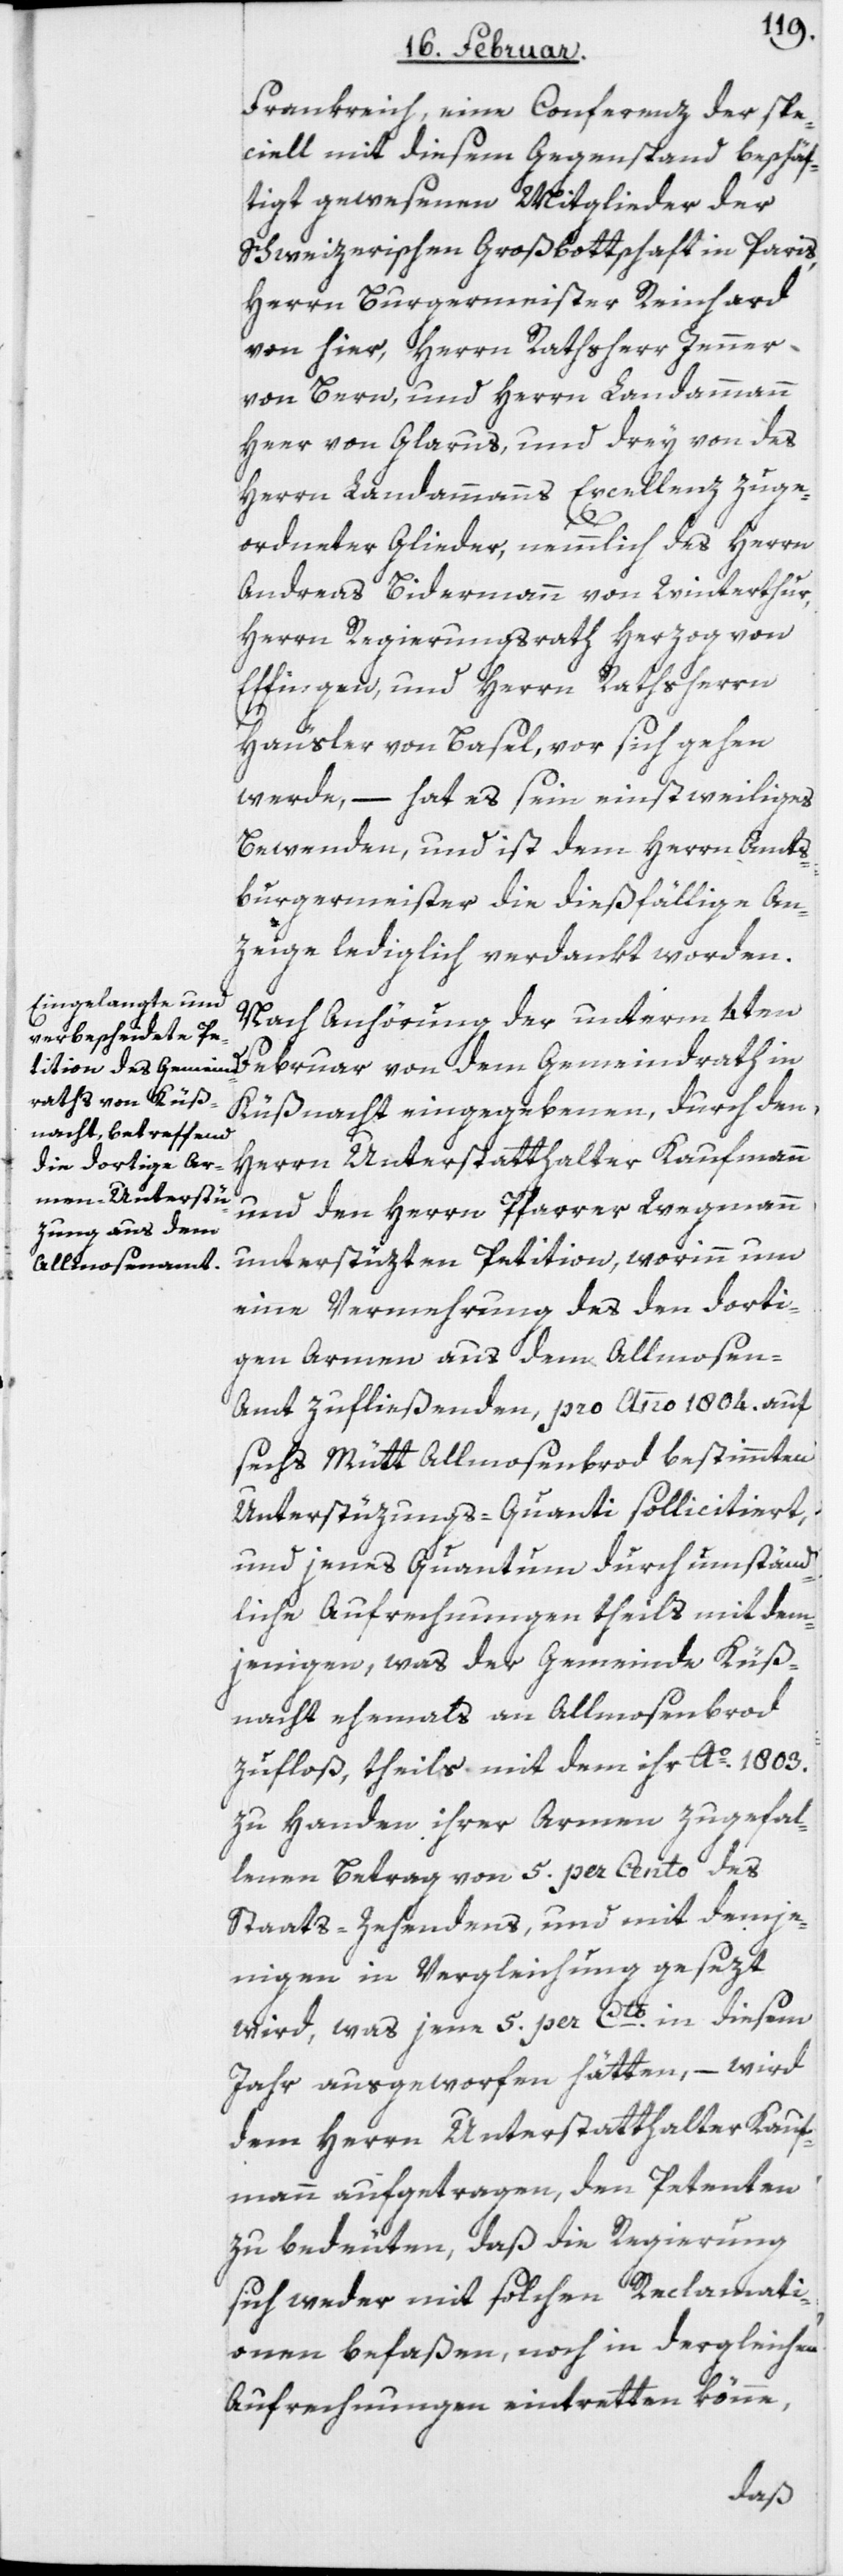
Frankreich, eine Conferenz der spe¬
ciell mit diesem Gegenstand beschäf¬
tigt gewesenen Mitglieder der
Schweizerischen Großbottschaft in Paris,
Herrn Burgermeister Reinhard
von hier, Herrn Rathsherr Jenner
von Bern, und Herrn Landammann
Heer von Glarus, und drey von des
Herrn Landammanns Excellenz zuge¬
ordneter Glieder, nemmlich des Herrn
Andreas Bidermann von Winterthur,
Herrn Regierungsrath Herzog von
Effingen und Herrn Rathsherrn
Häusler von Basel, vor sich gehen
werde, – hat es sein einstweiliges
Bewenden, und ist dem Herrn Amts¬
burgermeister die dießfällige An¬
zeige lediglich verdankt worden.
Nach Anhörung der unterm 4ten
Küßnacht eingegebenen, durch den
Herrn Unterstatthalter Kaufmann
und den Herrn Pfarrer Wegmann
unterstützten Petition, worinn um
eine Vermehrung des den dorti¬
gen Armen aus dem Allmosen-A¬
mt zufließenden, pro Anno 1804. auf
sechs Mütt Allmosenbrod bestimmten
Unterstüzungs-Quanti sollicitiert,
und jenes Quantum durch umständ¬
liche Aufrechnungen theils mit dem¬
jenigen, was der Gemeinde Küß¬
nacht ehemahls an Allmosenbrod
zufloß, theils mit dem ihr Ao. 1803.
zu Handen ihrer Armen zugefal¬
lenen Betrag von 5. per Cento des
Staats-Zehendens, und mit demje¬
nigen in Vergleichung gesetzt
wird, was jene 5. per Cto. in diesem
Jahr ausgeworfen hätten, – wird
dem Herrn Unterstatthalter Kauf¬
mann aufgetragen, den Petenten
zu bedeuten, daß die Regierung
sich weder mit solchen Reclamati¬
onen befaßen, noch in dergleichen
Aufrechnungen eintretten könne,
dem